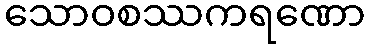
သောဝစဿကရဏော